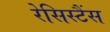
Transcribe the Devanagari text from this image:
रेसिस्टैंस